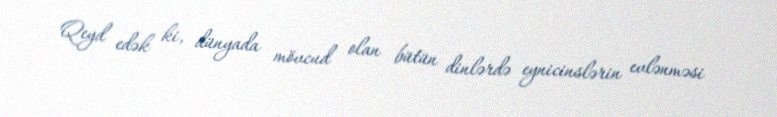
Qeyd edək ki, dünyada mövcud olan bütün dinlərdə eynicinslərin evlənməsi